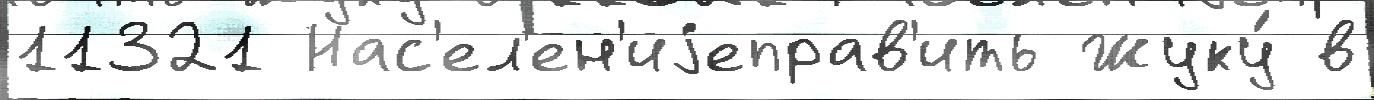
11321 Нас'ел'ен'иjеправ'ить Жуку́ в